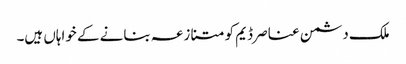
ملک دشمن عناصر ڈیم کو متنازعہ بنانے کے خواہاں ہیں۔